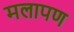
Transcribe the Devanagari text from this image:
मलापण